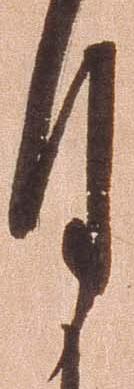
月